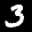
Label: 3